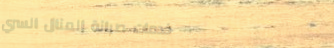
خدمات صيانة المنازل السري